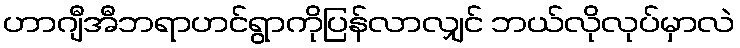
ဟာဂျီအီဘရာဟင်ရွာကိုပြန်လာလျှင် ဘယ်လိုလုပ်မှာလဲ